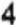
4